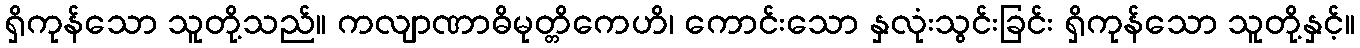
ရှိကုန်သော သူတို့သည်။ ကလျာဏာဓိမုတ္တိကေဟိ၊ ကောင်းသော နှလုံးသွင်းခြင်း ရှိကုန်သော သူတို့နှင့်။